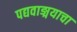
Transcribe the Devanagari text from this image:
पद्यवाङ्मयाचा